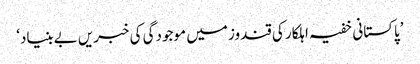
’پاکستانی خفیہ اہلکار کی قندوز میں موجودگی کی خبریں بےبنیاد‘